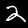
Label: 2